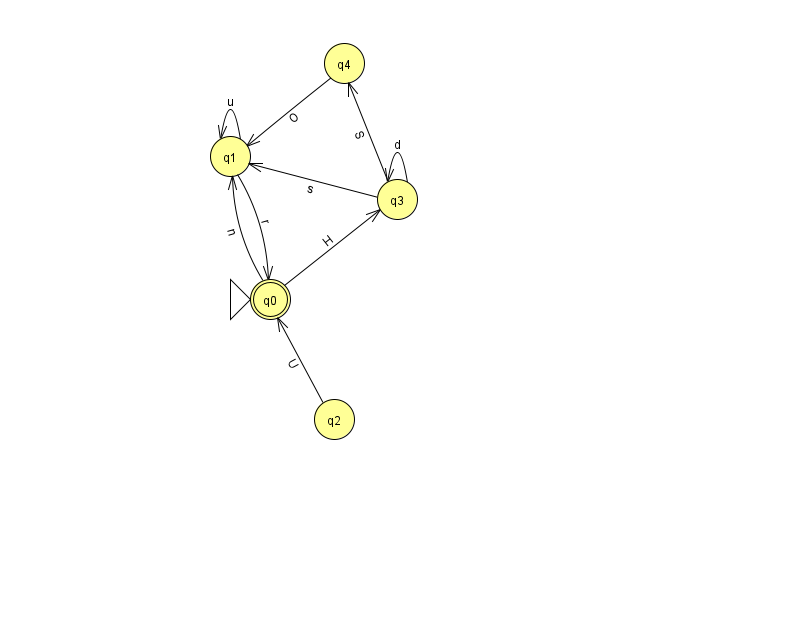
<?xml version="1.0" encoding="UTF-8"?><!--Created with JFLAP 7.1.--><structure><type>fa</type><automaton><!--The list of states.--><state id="0" name="q0"><x>270.0</x><y>286.0</y><initial/><final/></state><state id="1" name="q1"><x>230.0</x><y>143.0</y></state><state id="2" name="q2"><x>334.0</x><y>406.0</y></state><state id="3" name="q3"><x>397.0</x><y>186.0</y></state><state id="4" name="q4"><x>344.0</x><y>50.0</y></state><!--The list of transitions.--><transition><from>3</from><to>1</to><read>s</read></transition><transition><from>3</from><to>4</to><read>S</read></transition><transition><from>2</from><to>0</to><read>U</read></transition><transition><from>3</from><to>3</to><read>d</read></transition><transition><from>1</from><to>0</to><read>r</read></transition><transition><from>1</from><to>1</to><read>u</read></transition><transition><from>0</from><to>1</to><read>n</read></transition><transition><from>0</from><to>3</to><read>H</read></transition><transition><from>4</from><to>1</to><read>O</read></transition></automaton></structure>